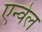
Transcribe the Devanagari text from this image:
एन्वेल